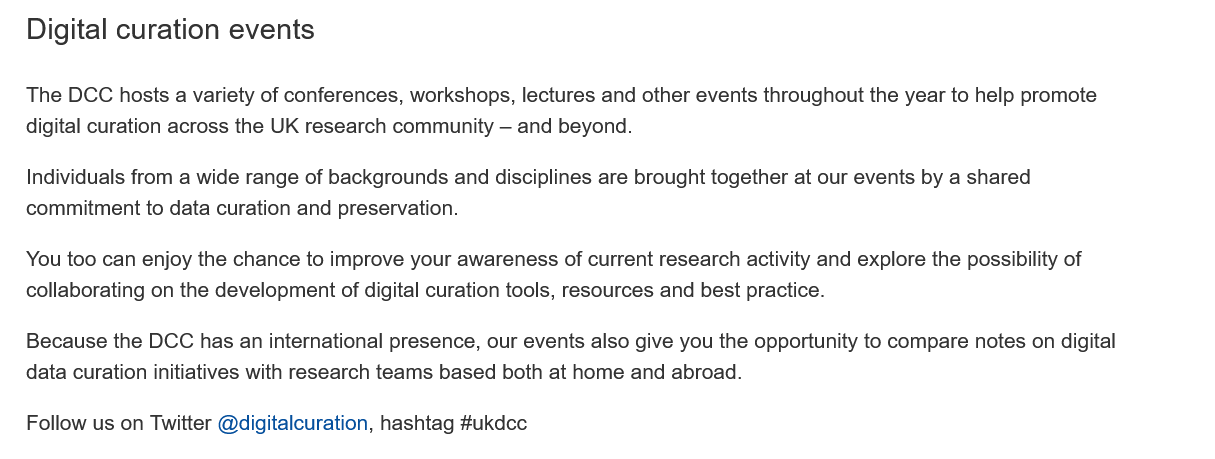
Digital curation  events
   The DCC hosts a variety of conferences, workshops, lectures and other events throughout the year to help promote
   digital curation across the UK research community —
     and beyond.
   Individuals from a wide range of backgrounds and disciplines are brought together at our events by a shared
   commitment to data curation and preservation.
   You too can enjoy the chance to improve your awareness of current research activity and explore the possibility of
   collaborating on the development of digital curation tools, resources and best practice.
   Because the DCC has an international presence, our events also give you the opportunity to compare notes on digital
   data curation initiatives with research teams based both at home and abroad.
   Follow us on Twitter @digitalcuration, hashtag #ukdcc